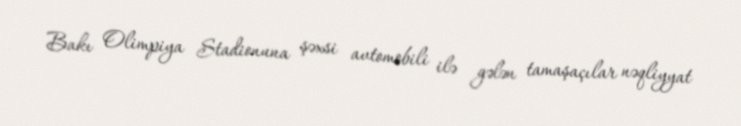
Bakı Olimpiya Stadionuna şəxsi avtomobili ilə gələn tamaşaçılar nəqliyyat